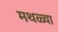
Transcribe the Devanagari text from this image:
मथळ्या